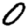
Digit: 0